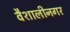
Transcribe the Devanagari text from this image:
वैशालीनगर